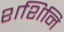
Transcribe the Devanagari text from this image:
शशिनि